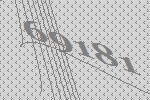
69181